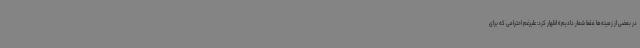
در بعضی از زمینه‌ها فقط شعار دادیم» اظهار کرد: علیرغم احترامی که برای